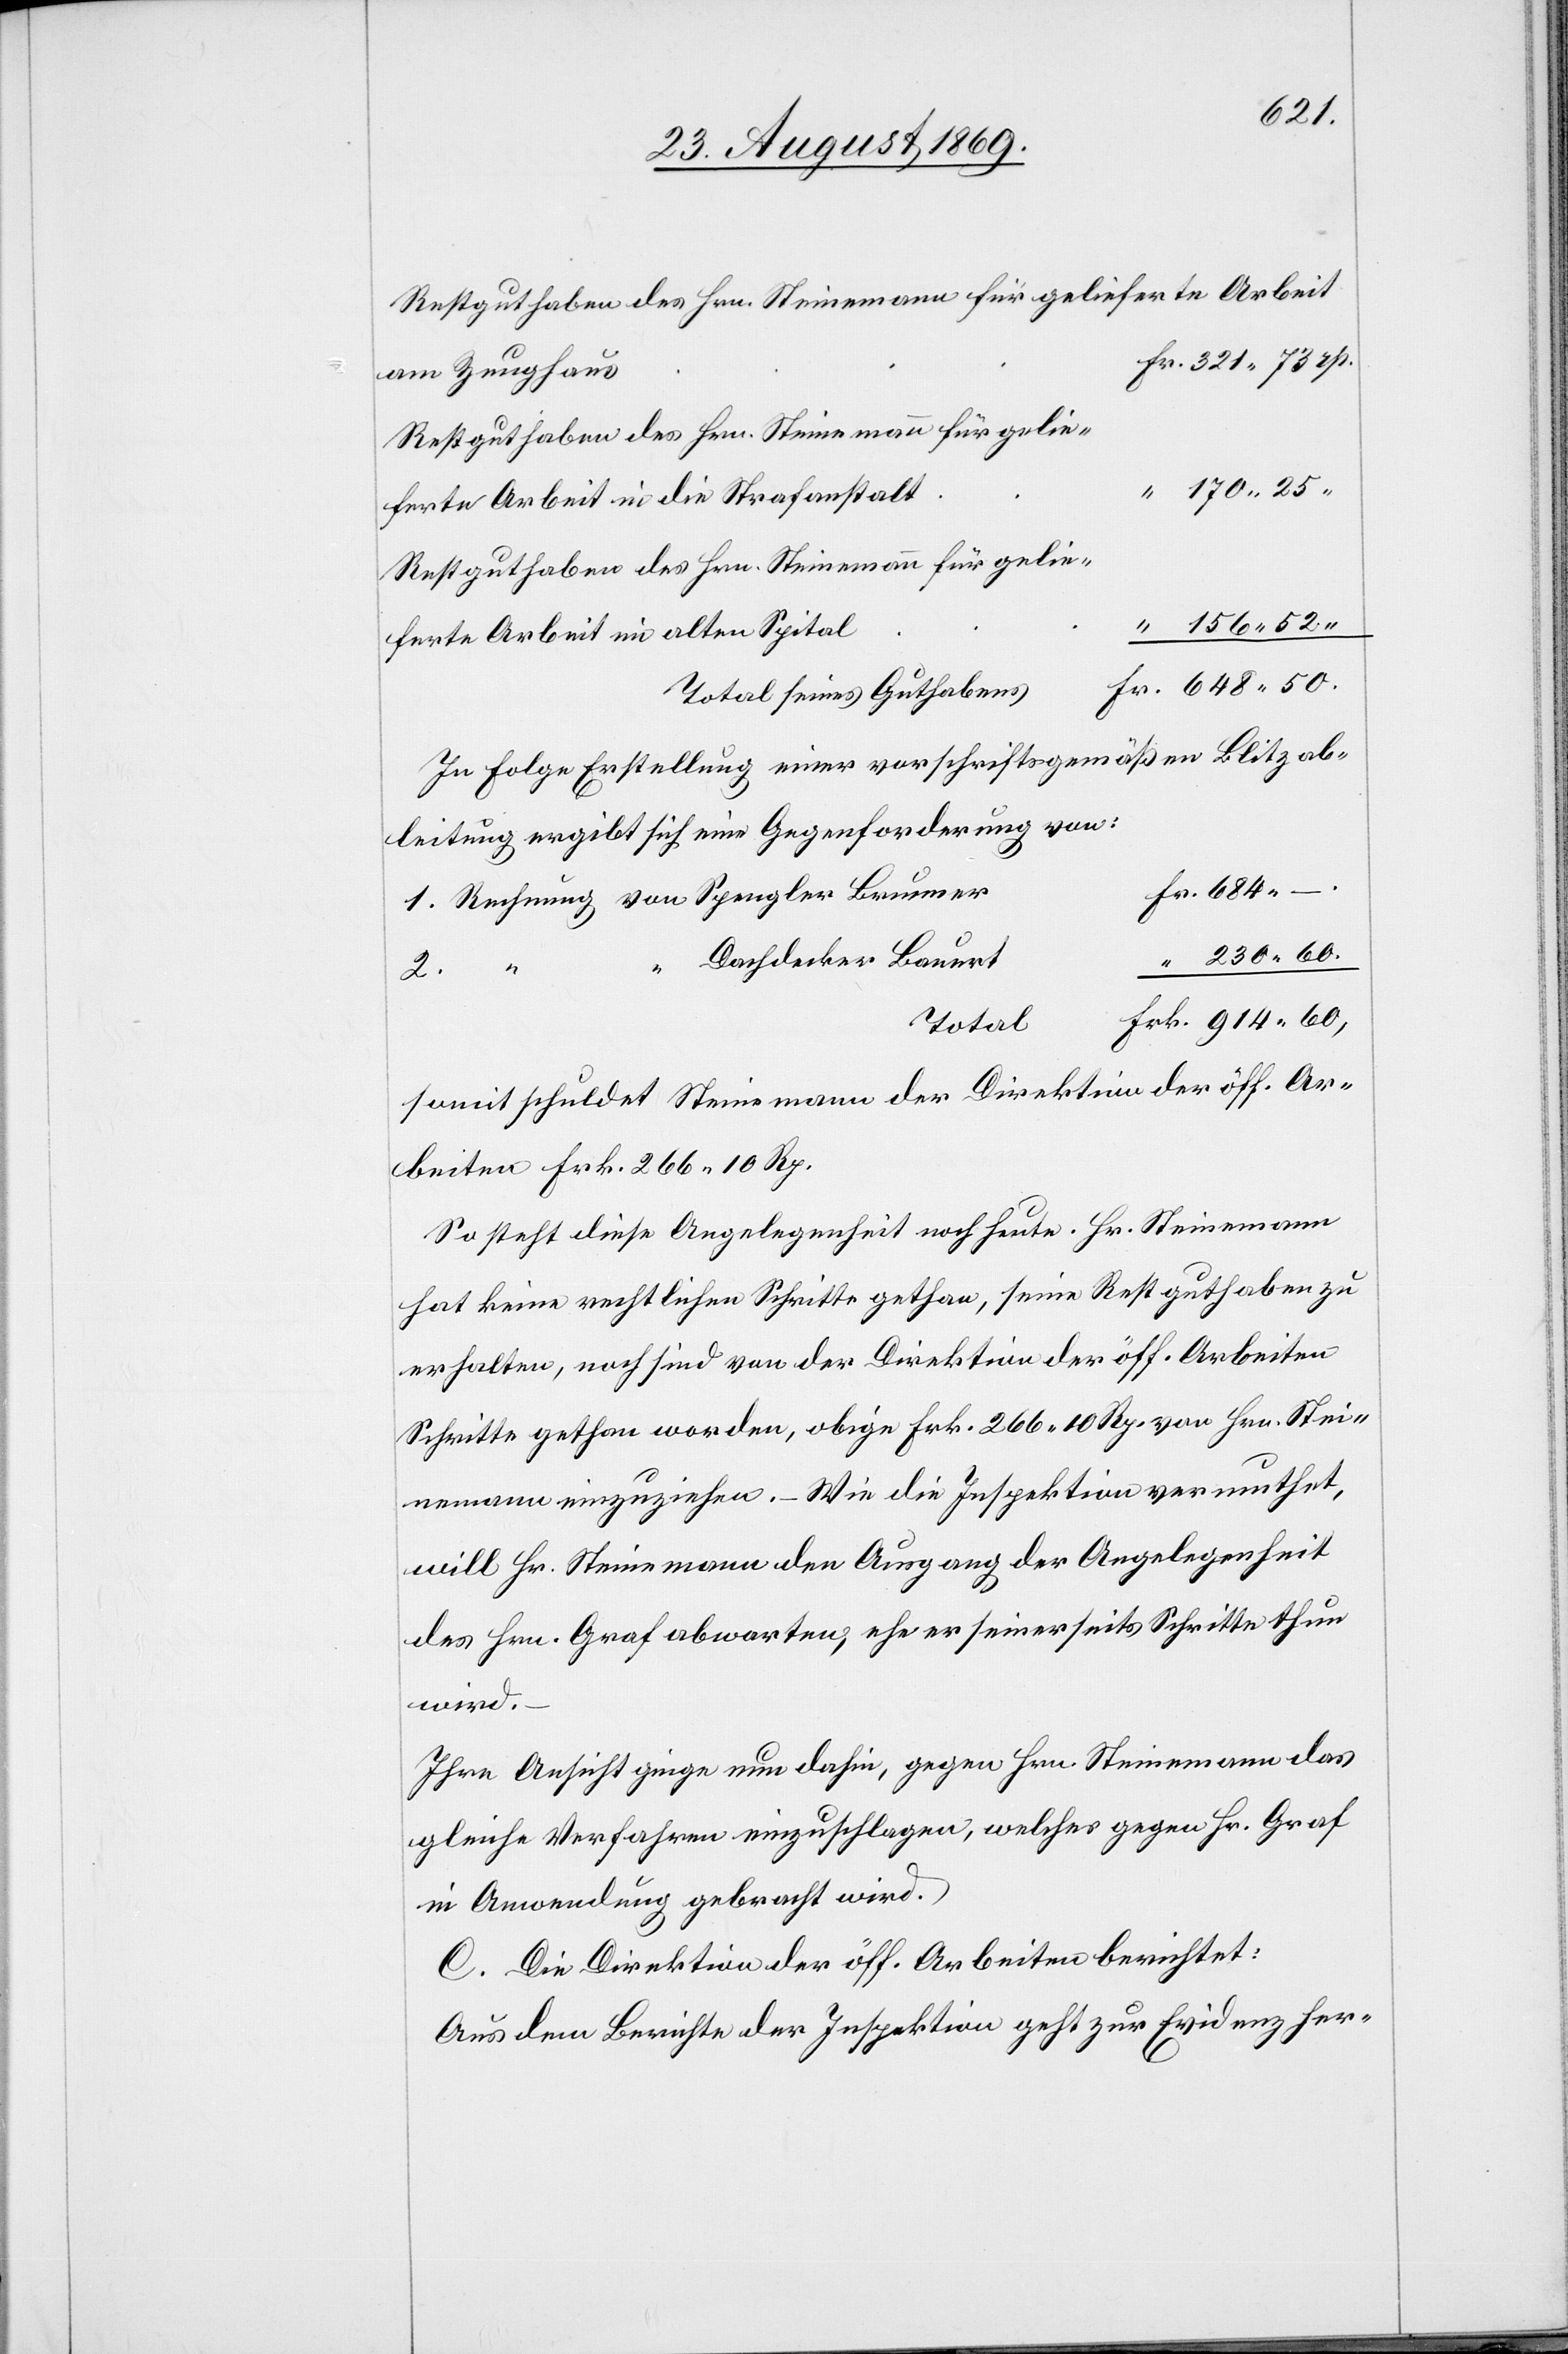
60.
Restguthaben des Hrn. Steinemann für gelieferte Arbeit
am Zeughaus
Restguthaben des Hrn. Steinemann für gelie¬
ferte Arbeit in die Strafanstalt
Restguthaben des Hrn. Steinemann für gelie¬
ferte Arbeit im alten Spital
Total seines Guthabens
In Folge Erstellung einer vorschriftsgemäßen Blitzab¬
leitung ergibt sich eine Gegenforderung von:
1. Rechnung von Spengler Brunner
Dachdecker Bauert
230
–.
2.
Total
somit schuldet Steinemann der Direktion der öff. Ar¬
beiten Frk. 266 10 Rp.
So steht diese Angelegenheit noch heute. Hr. Steinemann
hat keine rechtlichen Schritte gethan, seine Restguthaben zu
erhalten, noch sind von der Direktion der öff. Arbeiten
Schritte gethan worden, obige Frk. 266 10 Rp. von Hrn. Stei¬
nemann einzuziehen. – Wie die Inspektion vermuthet,
will Hr. Steinemann den Ausgang der Angelegenheit
des Hrn. Graf abwarten, ehe er seinerseits Schritte thun
wird.
Ihre Ansicht ginge nun dahin, gegen Hrn. Steinemann das
gleiche Verfahren einzuschlagen, welches gegen Hr. Graf
in Anwendung gebracht wird.
C. Die Direktion der öff. Arbeiten berichtet:
Aus dem Berichte der Inspektion geht zur Evidenz her-